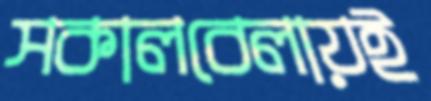
সকালবেলায়ই